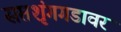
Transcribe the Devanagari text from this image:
सप्तशृंगगडावर